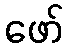
ဖော်